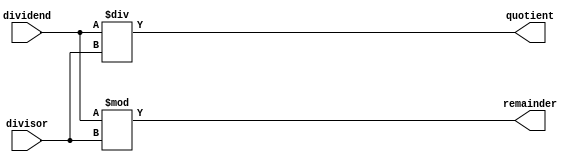
module divide (dividend, divisor, quotient, remainder);
    input [15:0] dividend, divisor;
    output [15:0] quotient, remainder;
    
    assign quotient = dividend/divisor;
    assign remainder = dividend%divisor;

endmodule